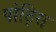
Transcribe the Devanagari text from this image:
पोट्सि